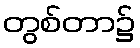
တွစ်တာ၌